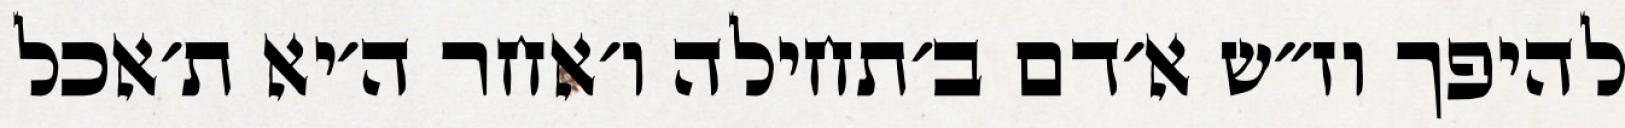
להיפך וז״ש א׳דם ב׳תחילה ו׳אחר ה׳יא ת׳אכל